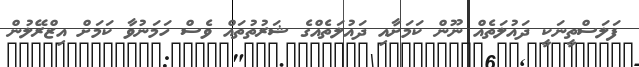
ފަލަސްތީނަކީ ދައުލަތެއް ނޫން ކަމަށާއި ދައުލަތެއްގެ ޝަރުތުތައް ވެސް ހަމަނުވާ ކަމަށް އިޒްރޭލުން